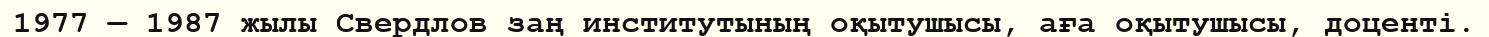
1977 — 1987 жылы Свердлов заң институтының оқытушысы, аға оқытушысы, доценті.